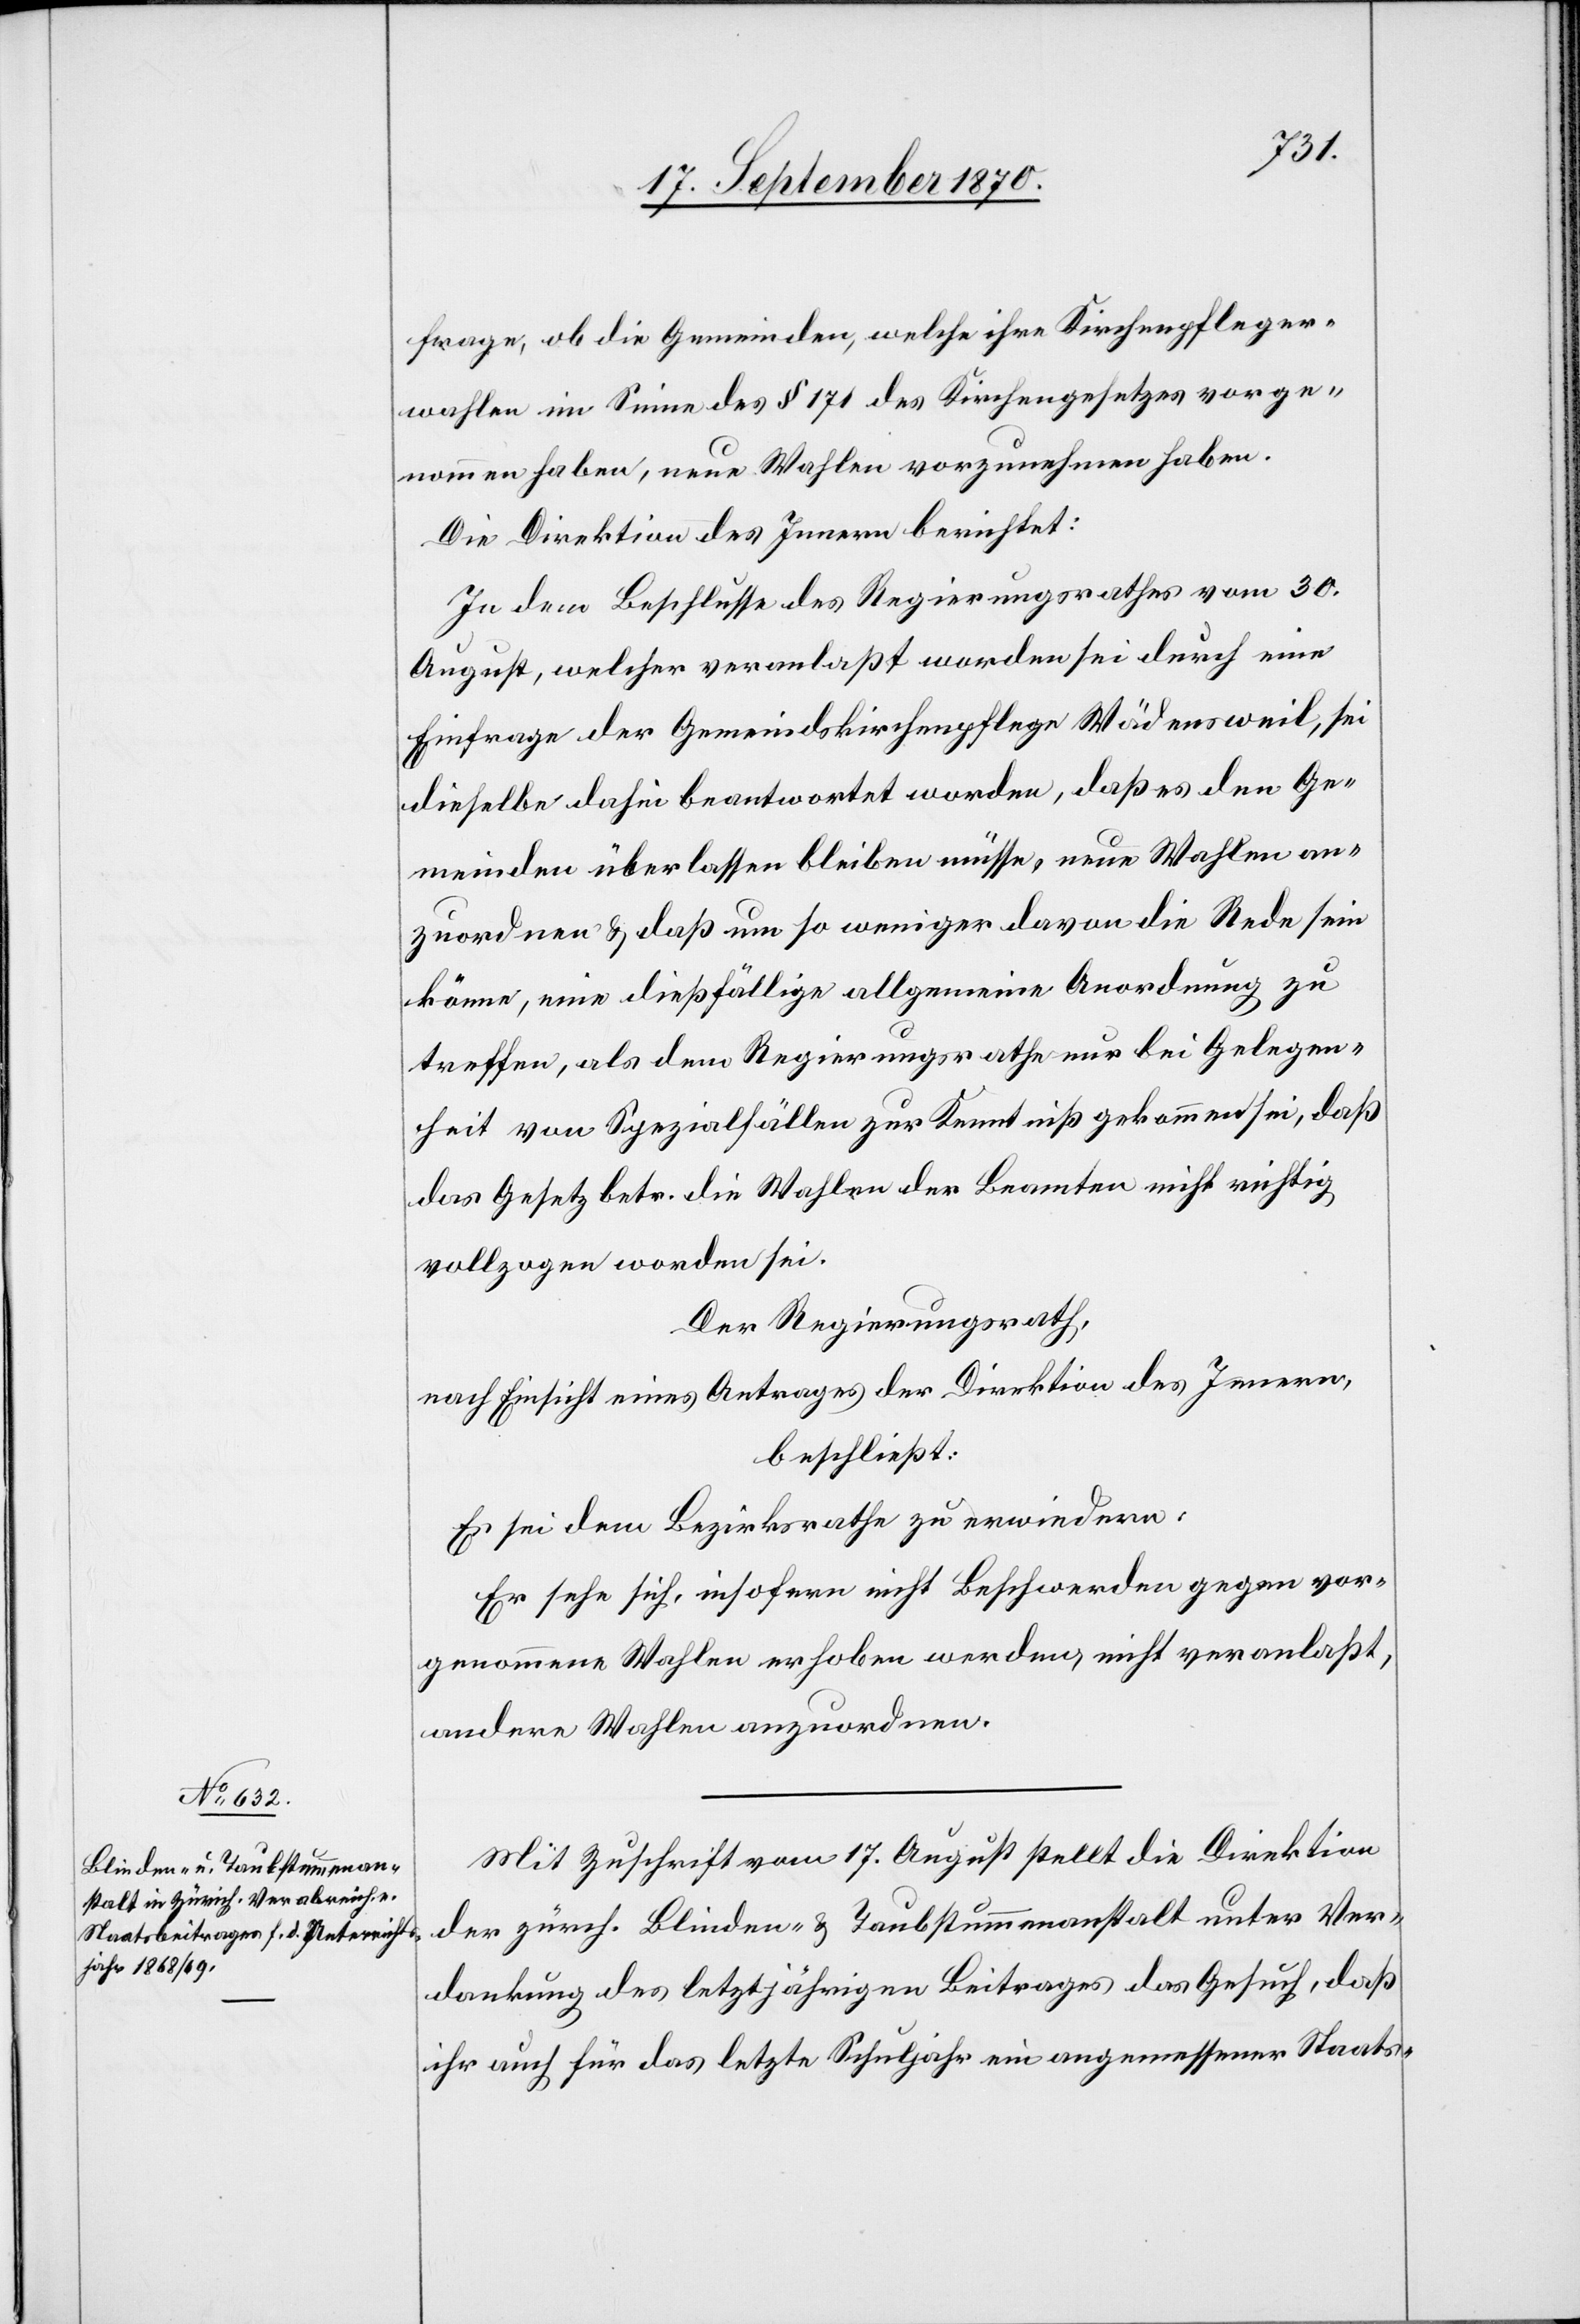
frage, ob die Gemeinden, welche ihre Kirchenpfleger¬
wahlen im Sinne des § 171 des Kirchengesetzes vorge¬
nommen haben, neue Wahlen vorzunehmen haben.
Die Direktion des Innern berichtet:
In dem Beschlusse des Regierungsrathes vom 30.
August, welcher veranlaßt worden sei durch eine
Einfrage der Gemeindskirchenpflege Wädensweil, sei
dieselbe dahin beantwortet worden, daß es den Ge¬
meinden überlassen bleiben müsse, neue Wahlen an¬
zuordnen & daß um so weniger davon die Rede sein
könne, eine dießfällige allgemeine Anordnung zu
treffen, als dem Regierungsrathe nur bei Gelegen¬
heit von Spezialfällen zur Kenntniß gekommen sei, daß
das Gesetz betr. die Wahlen der Beamten nicht richtig
vollzogen worden sei.
Der Regierungsrath,
nach Einsicht eines Antrages der Direktion des Innern,
beschließt:
Es sei dem Bezirksrathe zu erwiedern:
Er sehe sich, insofern nicht Beschwerden gegen vor¬
genommene Wahlen erhoben werden, nicht veranlaßt,
andere Wahlen anzuordnen.
Mit Zuschrift vom 17. August stellt die Direktion
der zürch. Blinden- & Taubstummenanstalt unter Ver¬
dankung des letztjährigen Beitrages das Gesuch, daß
ihr auch für das letzte Schuljahr ein angemessener Staats-